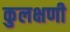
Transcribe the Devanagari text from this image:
कुलक्षणी